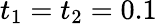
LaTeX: t_{1}=t_{2}=0.1